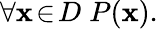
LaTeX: \forall\mathbf{x}\! \in\! D\; P(\mathbf{x}).